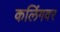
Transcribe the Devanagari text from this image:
कलिंगवर